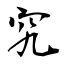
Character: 究